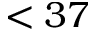
< 3 7